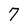
Character: 7